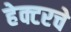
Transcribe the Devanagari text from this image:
हेक्टरचे